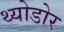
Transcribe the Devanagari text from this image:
थ्योडोर